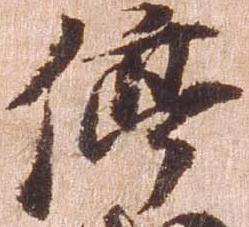
停